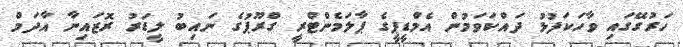
ހަރުގޭގައި ވާހަކަފުޅު ދައްކަވަމުން އެމްޑީޕީގެ ޕާލަމެންޓްރީ ގްރޫޕުގެ ނައިބު ލީޑަރު ރޮޒައިނާ އާދަމް